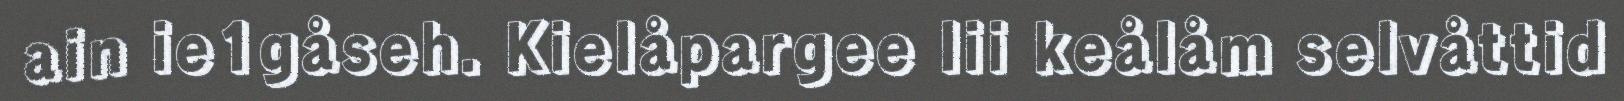
ain ie1gåseh. Kielåpargee lii keålåm selvåttid